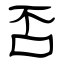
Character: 否